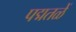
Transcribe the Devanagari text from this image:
पद्मतळें